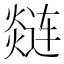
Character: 𲅽